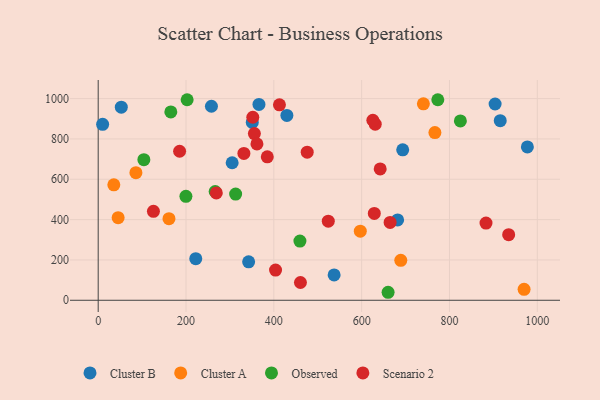
{"axis": {"x": "Distance", "y": "Sales"}, "legend": ["Cluster A", "Cluster B", "Observed", "Scenario 2"], "data": [{"x": "681.9", "y": 398.3, "type": "Cluster B"}, {"x": "366.1", "y": 971.3, "type": "Cluster B"}, {"x": "429.7", "y": 916.8, "type": "Cluster B"}, {"x": "305.1", "y": 681.9, "type": "Cluster B"}, {"x": "903.9", "y": 973.3, "type": "Cluster B"}, {"x": "915.6", "y": 890.6, "type": "Cluster B"}, {"x": "342.6", "y": 190.8, "type": "Cluster B"}, {"x": "52.6", "y": 957.5, "type": "Cluster B"}, {"x": "257.9", "y": 962.1, "type": "Cluster B"}, {"x": "350.9", "y": 881.7, "type": "Cluster B"}, {"x": "222.2", "y": 206.3, "type": "Cluster B"}, {"x": "537.3", "y": 125.6, "type": "Cluster B"}, {"x": "977.4", "y": 760.6, "type": "Cluster B"}, {"x": "693.5", "y": 746.0, "type": "Cluster B"}, {"x": "10.1", "y": 872.4, "type": "Cluster B"}, {"x": "35.6", "y": 572.3, "type": "Cluster A"}, {"x": "969.9", "y": 54.5, "type": "Cluster A"}, {"x": "740.6", "y": 974.2, "type": "Cluster A"}, {"x": "596.9", "y": 342.6, "type": "Cluster A"}, {"x": "45.4", "y": 409.4, "type": "Cluster A"}, {"x": "766.8", "y": 831.7, "type": "Cluster A"}, {"x": "689.1", "y": 198.0, "type": "Cluster A"}, {"x": "161.2", "y": 404.8, "type": "Cluster A"}, {"x": "85.9", "y": 632.5, "type": "Cluster A"}, {"x": "824.8", "y": 889.2, "type": "Observed"}, {"x": "660.2", "y": 39.7, "type": "Observed"}, {"x": "165.4", "y": 934.1, "type": "Observed"}, {"x": "202.6", "y": 994.2, "type": "Observed"}, {"x": "459.4", "y": 293.5, "type": "Observed"}, {"x": "313.0", "y": 526.4, "type": "Observed"}, {"x": "266.4", "y": 539.3, "type": "Observed"}, {"x": "773.4", "y": 994.4, "type": "Observed"}, {"x": "199.8", "y": 515.4, "type": "Observed"}, {"x": "104.0", "y": 697.3, "type": "Observed"}, {"x": "460.6", "y": 88.2, "type": "Scenario 2"}, {"x": "355.7", "y": 826.6, "type": "Scenario 2"}, {"x": "630.9", "y": 873.2, "type": "Scenario 2"}, {"x": "361.5", "y": 775.2, "type": "Scenario 2"}, {"x": "331.8", "y": 728.0, "type": "Scenario 2"}, {"x": "185.4", "y": 738.9, "type": "Scenario 2"}, {"x": "934.8", "y": 325.2, "type": "Scenario 2"}, {"x": "385.1", "y": 711.5, "type": "Scenario 2"}, {"x": "883.2", "y": 382.8, "type": "Scenario 2"}, {"x": "125.8", "y": 441.1, "type": "Scenario 2"}, {"x": "524.0", "y": 392.4, "type": "Scenario 2"}, {"x": "269.0", "y": 532.2, "type": "Scenario 2"}, {"x": "476.0", "y": 734.1, "type": "Scenario 2"}, {"x": "352.1", "y": 907.4, "type": "Scenario 2"}, {"x": "412.8", "y": 969.2, "type": "Scenario 2"}, {"x": "642.2", "y": 651.1, "type": "Scenario 2"}, {"x": "628.8", "y": 430.6, "type": "Scenario 2"}, {"x": "664.8", "y": 385.8, "type": "Scenario 2"}, {"x": "403.9", "y": 149.6, "type": "Scenario 2"}, {"x": "625.5", "y": 892.6, "type": "Scenario 2"}]}